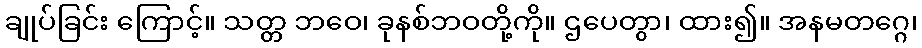
ချုပ်ခြင်း ကြောင့်။ သတ္တ ဘဝေ၊ ခုနစ်ဘဝတို့ကို။ ဌပေတွာ၊ ထား၍။ အနမတဂ္ဂေ၊